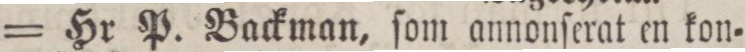
= Hr P. Backman, ſom annonſerat en kon=